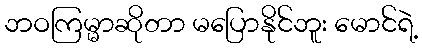
ဘဝကြမ္မာဆိုတာ မပြောနိုင်ဘူး မောင်ရဲ့